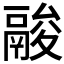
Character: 𩰺